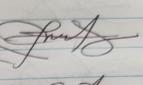
Signature authenticity: genuine